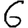
Digit: 6